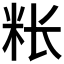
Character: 𰪭